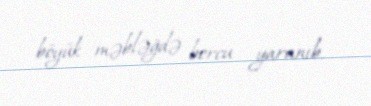
böyük məbləğdə borcu yaranıb.